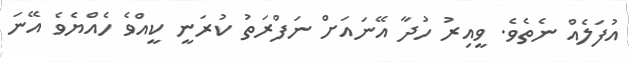
އުފަލެއް ނެތެވެ. ވީއިރު ހުދާ އޭނައަށް ނަފްރަތު ކުރަނީ ކީއްވެ ހެއްޔެވެ އޭނަ